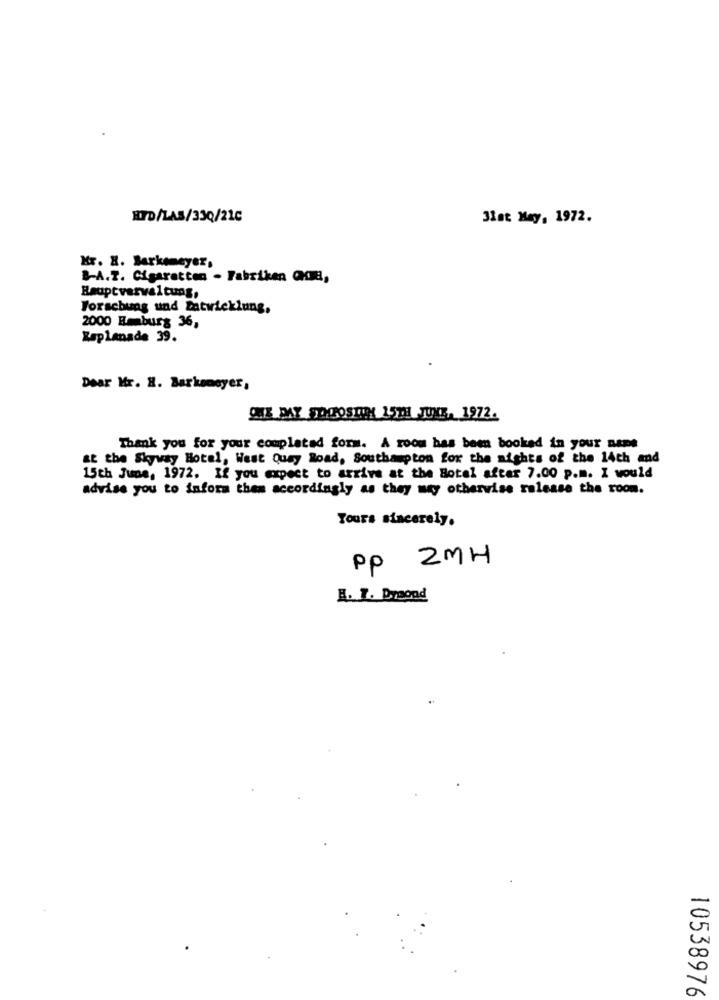
HID/LAS/330/21c
3lat May, 1972.
Kr. X. Berkemeyer,
B-A.T. Cigaratten - Fabriken QUE,
Hauptverwaltung,
Forschung und Entwicklung,
2000 Emburg 36,
Zaplanade 39.
Dear Mr. H. Barkaneyer,
ONE DAY SOOOSINE 15TH JUNE. 1972.
Thank you for your completed form. A room has been booked in your name
at the Skyway Hotel, West Quay Road, Southampton for the nights of the 14th and
15th June, 1972. If you expect to arrive at the Botel aftar 7.00 p.m. I would
advise you to inform them accordingly as they may othervise release the room.
Yours sincerely.
pp 2MH
H. T. Draond
10538976